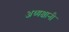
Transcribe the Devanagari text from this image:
अध्यक्षानी